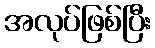
အလုပ်ဖြစ်ပြီး